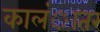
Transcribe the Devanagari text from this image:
कालंातर